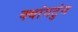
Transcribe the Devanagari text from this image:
क्वांगटुंग